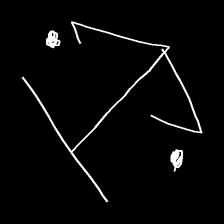
Glyph: earth